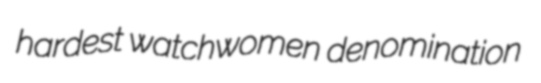
hardest watchwomen denomination